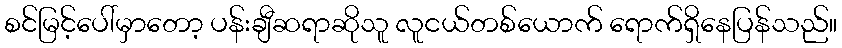
စင်မြင့်ပေါ်မှာတော့ ပန်းချီဆရာဆိုသူ လူငယ်တစ်ယောက် ရောက်ရှိနေပြန်သည်။